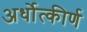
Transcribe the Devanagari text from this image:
अर्धोत्कीर्ण